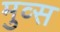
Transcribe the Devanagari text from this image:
मुव्स